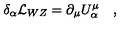
\delta _ { \alpha } { \cal L } _ { W Z } = \partial _ { \mu } U _ { \alpha } ^ { \mu } \quad ,